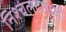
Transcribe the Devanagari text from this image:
निश्चलदासजी